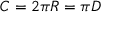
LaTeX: C = 2 \pi R = \pi D